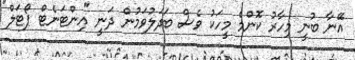
އޭނާ ބުނީ މިހާރު ކޮންމެ މީހަކު ވެސް ބަދަލުވަމުން ދަނީ "އިންޓަނެޓް ޕޯޓަލް"